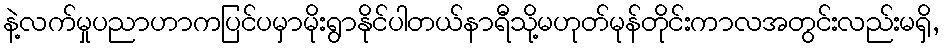
နဲ့လက်မှုပညာဟာကပြင်ပမှာမိုးရွာနိုင်ပါတယ်နာရီသို့မဟုတ်မုန်တိုင်းကာလအတွင်းလည်းမရှိ,